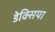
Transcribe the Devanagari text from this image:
डेक्सिया